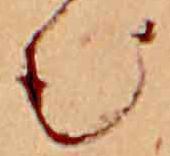
む